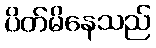
ပိတ်မိနေသည်